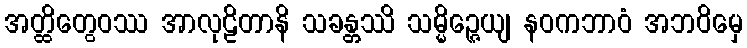
အတ္ထိတွေဝဿ အာလုဠိတာနိ သခန္တဿိ သမ္မိဉ္ဇေယျ နဝကဘာဝံ အဘဝိမှေ